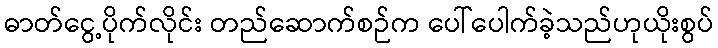
ဓာတ်ငွေ့ပိုက်လိုင်း တည်ဆောက်စဉ်က ပေါ်ပေါက်ခဲ့သည်ဟုယိုးစွပ်